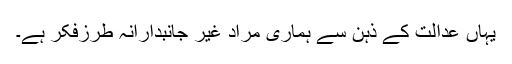
یہاں عدالت کے ذہن سے ہماری مُراد غیر جانبدارانہ طرزفکر ہے۔